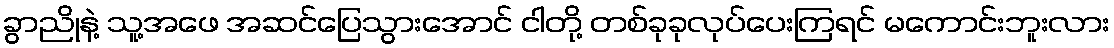
ခွာညိုနဲ့ သူ့အဖေ အဆင်ပြေသွားအောင် ငါတို့ တစ်ခုခုလုပ်ပေးကြရင် မကောင်းဘူးလား